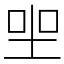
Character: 𡋑